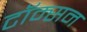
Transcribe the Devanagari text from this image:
टॉम्सन